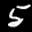
Label: 5